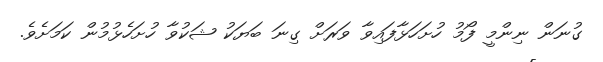
ގުނަން ނިންމީ ފޯމު ހުށަހަޅާފައިވާ ވަރަށް ގިނަ ބަޔަކު ޝަކުވާ ހުށަހެޅުމުން ކަމަށެވެ.